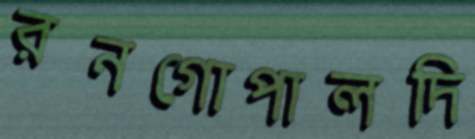
রনগোপালদি